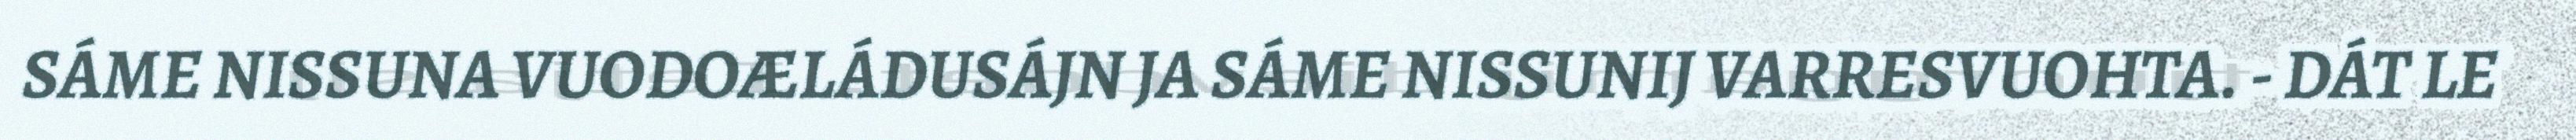
SÁME NISSUNA VUODOÆLÁDUSÁJN JA SÁME NISSUNIJ VARRESVUOHTA. - DÁT LE